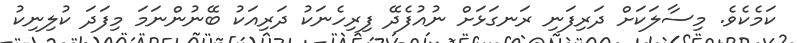
ކަމެކެވެ. މިސާލަކަށް ދަރިފަނި ރަނގަޅަށް ނުއުފެދޭ ފިރިހެނަކު ދަރިއަކު ބޭނުންނަމަ މިފަދަ ކުލިނިކު